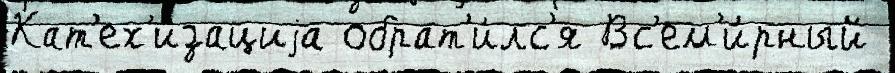
Кат'ех'изациjа обрат'и́лс'я Вс'ем'и́рный